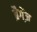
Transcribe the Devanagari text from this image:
ब्रैगेंज़